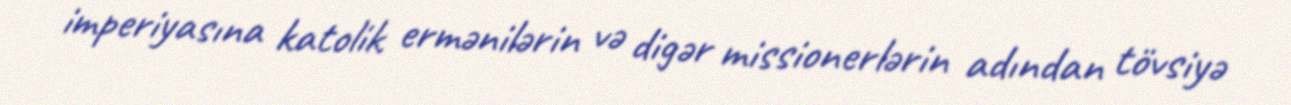
imperiyasına katolik ermənilərin və digər missionerlərin adından tövsiyə